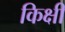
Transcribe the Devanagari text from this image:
किक्षी